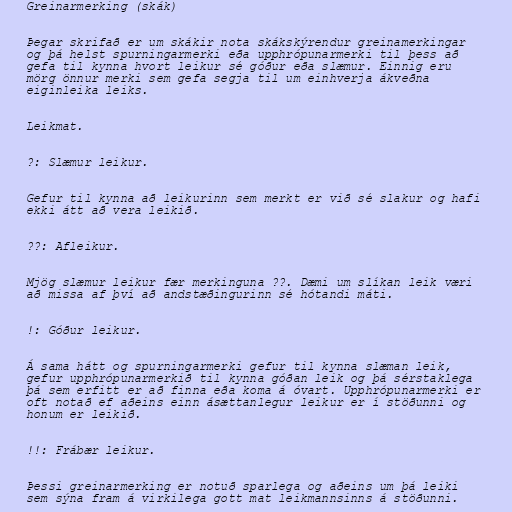
Greinarmerking (skák)

Þegar skrifað er um skákir nota skákskýrendur greinamerkingar
og þá helst spurningarmerki eða upphrópunarmerki til þess að
gefa til kynna hvort leikur sé góður eða slæmur. Einnig eru
mörg önnur merki sem gefa segja til um einhverja ákveðna
eiginleika leiks.

Leikmat.

?: Slæmur leikur.

Gefur til kynna að leikurinn sem merkt er við sé slakur og hafi
ekki átt að vera leikið.

??: Afleikur.

Mjög slæmur leikur fær merkinguna ??. Dæmi um slíkan leik væri
að missa af því að andstæðingurinn sé hótandi máti.

!: Góður leikur.

Á sama hátt og spurningarmerki gefur til kynna slæman leik,
gefur upphrópunarmerkið til kynna góðan leik og þá sérstaklega
þá sem erfitt er að finna eða koma á óvart. Upphrópunarmerki er
oft notað ef aðeins einn ásættanlegur leikur er í stöðunni og
honum er leikið.

!!: Frábær leikur.

Þessi greinarmerking er notuð sparlega og aðeins um þá leiki
sem sýna fram á virkilega gott mat leikmannsinns á stöðunni.